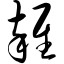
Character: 杂